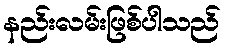
နည်းလမ်းဖြစ်ပါသည်